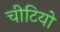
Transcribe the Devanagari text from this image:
चीटियो